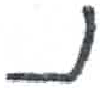
אות: נ